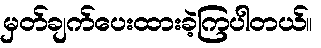
မှတ်ချက်ပေးထားခဲ့ကြပါတယ်။